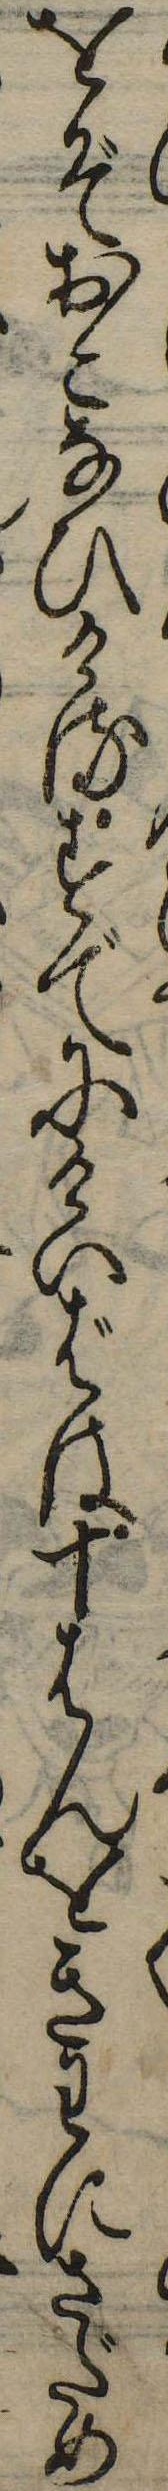
をぞおこなひけるすでにけいばは十はんをきわにさだめ